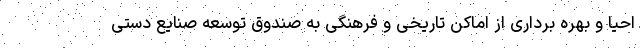
احیا و بهره برداری از اماکن تاریخی و فرهنگی به صندوق توسعه صنایع دستی